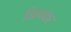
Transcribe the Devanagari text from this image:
विनयकर